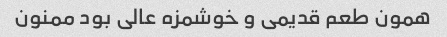
همون طعم قدیمی و خوشمزه عالی بود ممنون